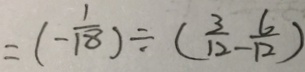
= ( - \frac { 1 } { 1 8 } ) \div ( \frac { 3 } { 1 2 } - \frac { 6 } { 1 2 } )